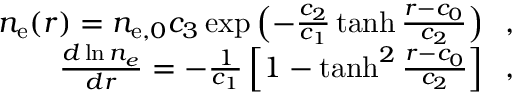
\begin{array} { r } { n _ { \mathrm { { e } } } ( r ) = n _ { \mathrm { e } , 0 } c _ { 3 } \exp \left( - \frac { c _ { 2 } } { c _ { 1 } } \operatorname { t a n h } \frac { r - c _ { 0 } } { c _ { 2 } } \right) \; \; , } \\ { \frac { d \ln n _ { e } } { d r } = - \frac { 1 } { c _ { 1 } } \left[ 1 - \operatorname { t a n h } ^ { 2 } \frac { r - c _ { 0 } } { c _ { 2 } } \right] \; \; , } \end{array}